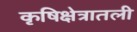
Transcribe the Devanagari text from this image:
कृषिक्षेत्रातली